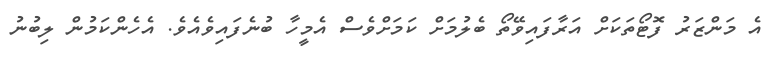
އެ މަންޒަރު ފޮޓޯތަކަށް އަރާފައިވޭތޯ ބެލުމަށް ކަމަށްވެސް އެމީހާ ބުނެފައިވެއެވެ. އެހެންކަމުން ލިބުނު